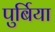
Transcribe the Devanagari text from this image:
पुर्बिया